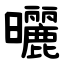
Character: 曬